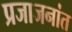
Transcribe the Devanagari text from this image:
प्रजाजनांत